Note on the mental hospitals in Burma - 1925-1940
Year: 1925
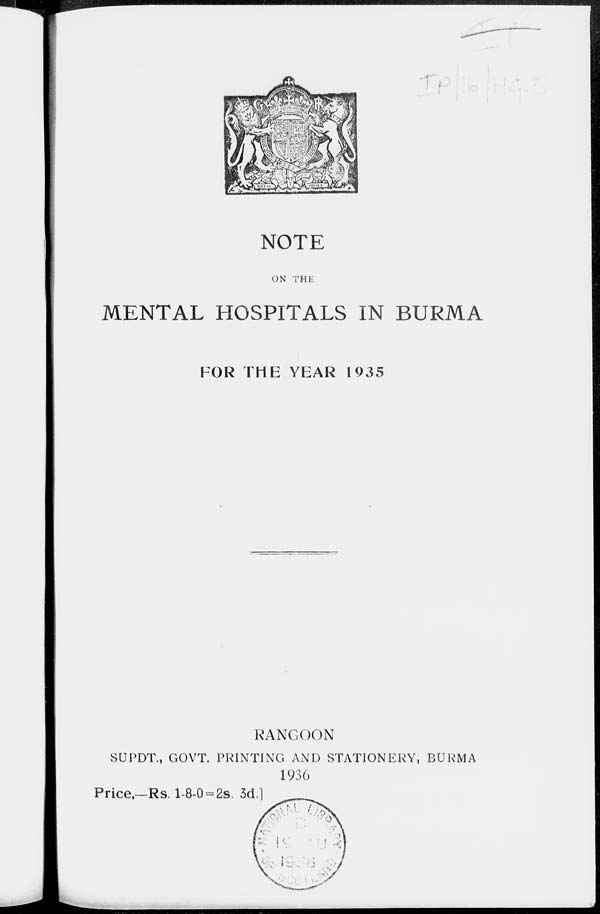
NOTE
ON THE
MENTAL HOSPITALS IN BURMA
FOR THE YEAR 1935
RANGOON
SUPDT., GOVT. PRINTING AND STATIONERY, BURMA
1936
Price,—Rs. 1-8-0=2s. 3d.]